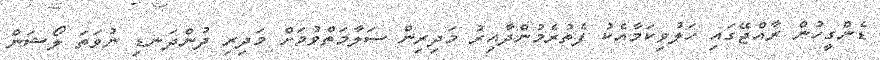
ޑެންގީހުން ރާއްޖޭގައި ހަލުވިކަމާއެކު ފެތުރެމުންދާއިރު މަދިރިން ސަލާމަތްވުމަށް މަދިރި ދުންދަނޑި ނުވަތަ ލޯޝަން